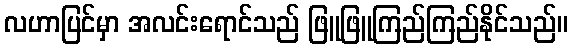
လဟာပြင်မှာ အလင်းရောင်သည် ဖြူဖြူကြည်ကြည်နိုင်သည်။